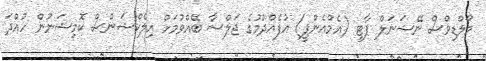
މޯލްޑިވްސް ނޭޝަނަލް ޕާޓީ (އެމްއެންޕީ) އުފެއްދުމުގެ ޖަލްސާ ބޭއްވުމަށް އިލެކްޝަންސް ކޮމިޝަނުން ހުއްދަ